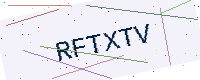
Text: RFTXTV